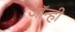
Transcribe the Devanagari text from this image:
जॉन्ही